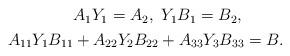
LaTeX: \begin{align*}\begin{aligned}&A_1Y_1=A_2,\ Y_1B_1=B_2,\\A_{11}Y_{1}B_{11}&+A_{22}Y_{2}B_{22}+A_{33}Y_{3}B_{33}=B.\end{aligned}\end{align*}